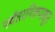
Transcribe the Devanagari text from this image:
पर्वतरांगेतपासून